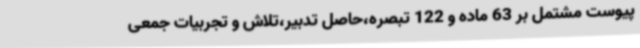
پیوست مشتمل بر 63 ماده و 122 تبصره،حاصل تدبیر،تلاش و تجربیات جمعی